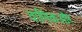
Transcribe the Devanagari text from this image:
वाणिकऔर